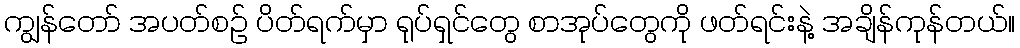
ကျွန်တော် အပတ်စဉ် ပိတ်ရက်မှာ ရုပ်ရှင်တွေ စာအုပ်တွေကို ဖတ်ရင်းနဲ့ အချိန်ကုန်တယ်။